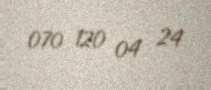
070 120 04 24